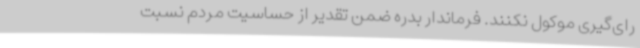
رای‌گیری موکول نکنند. فرماندار بدره ضمن تقدیر از حساسیت مردم نسبت